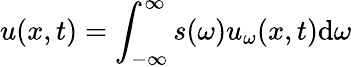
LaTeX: u(x,t)=\int_{-\infty}^{\infty}s(\omega)u_{\omega}(x,t)\mathrm{d}\omega